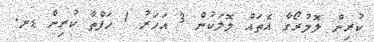
ކުރިން ލޮލުރޯގާ އެތައް ލޮލަކުން 3 އަހަރު 1 ހަފްތާ ކުރިން ޑރ.